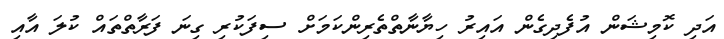
އަދި ކޮމިޝަން އުފެދިގެން އައިރު ހިޔާނާތްތެރިންކަމަށް ސިފަކުރި ގިނަ ފަރާތްތައް ކުލަ އާއި